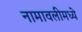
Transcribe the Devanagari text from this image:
नामावलीमध्ये